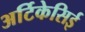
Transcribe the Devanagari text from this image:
अर्टिकेसिई